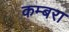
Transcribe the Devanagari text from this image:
कम्बरा